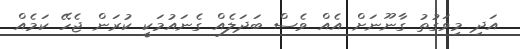
އަދި މިވަގުތު ގާނޫނަށް އެއް ވެސް ބަދަލެއް ގެނައުމަކީ ކުރަން ޖެހޭ ކަމެއް